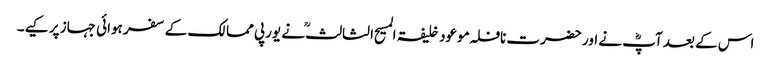
اس کے بعد آپؓ نے اور حضرت نافلہ موعود خلیفۃ المسیح الثالثؒ نے یورپی ممالک کے سفر ہوائی جہاز پر کیے۔